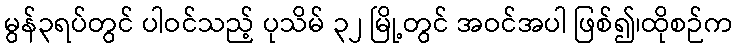
မွန်၃ရပ်တွင် ပါဝင်သည့် ပုသိမ် ၃၂ မြို့တွင် အဝင်အပါ ဖြစ်၍၊ထိုစဉ်က